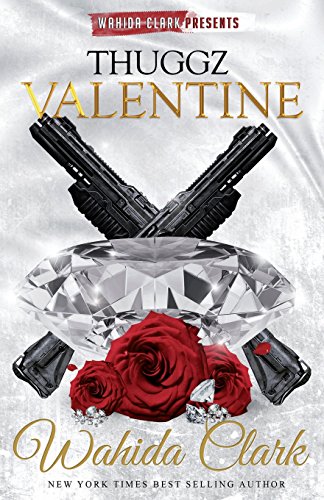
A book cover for Thuggz Valentine (Wahida Clark & David Weaver Presents); Wahida Clark; Literature & Fiction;